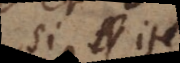
Si item